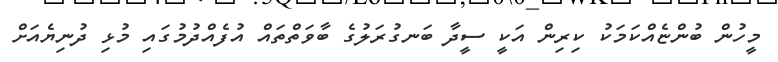
މީހުން ބުންޏެއްކަމަކު ކިރިން އަކީ ސީދާ ބަނގުރަލުގެ ބާވަތްތައް އުފެއްދުމުގައި މުޅި ދުނިޔެއަށް